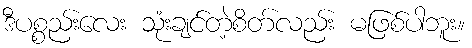
ဒီပစ္စည်းလေး သုံးချင်တဲ့စိတ်လည်း မဖြစ်ပါဘူး။